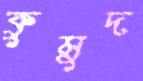
কুমুদ